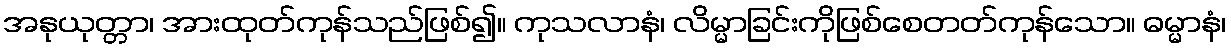
အနုယုတ္တာ၊ အားထုတ်ကုန်သည်ဖြစ်၍။ ကုသလာနံ၊ လိမ္မာခြင်းကိုဖြစ်စေတတ်ကုန်သော။ ဓမ္မာနံ၊